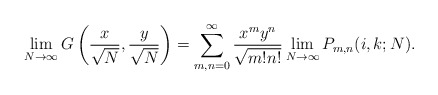
\begin{align*}\lim_{N\rightarrow \infty} G\left(\frac{x}{\sqrt{N}},\frac{y}{\sqrt{N}}\right)=\sum_{m,n=0}^{\infty}\frac{x^{m}y^{n}}{\sqrt{m!n!}}\lim_{N\rightarrow \infty}P_{m,n}(i,k;N).\end{align*}